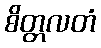
စိတ္တလတံ